Scottish Leaving Certificate Examination, 1956
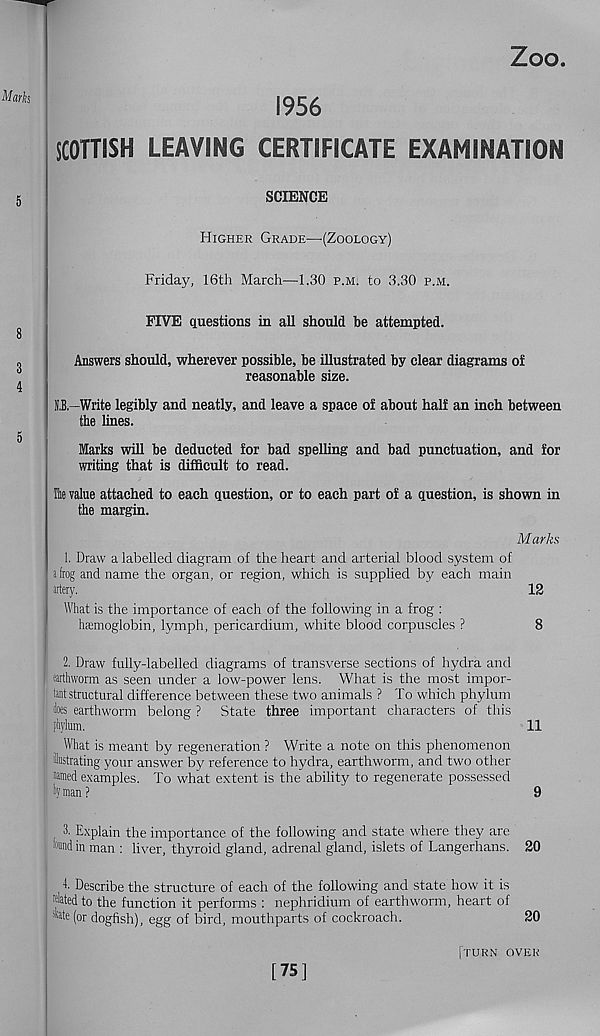
Zoo
1956
SCOTTISH LEAVING CERTIFICATE EXAMINATION
SCIENCE
Higher Grade—•(Zoology)
Friday, 16th March—1.30 p.m. to 3.30 p.m.
FIVE questions in all should be attempted.
Answers should, wherever possible, be illustrated by clear diagrams of
reasonable size.
N,B—Write legibly and neatly, and leave a space of about half an inch between
the lines.
Marks will be deducted for bad spelling and bad punctuation, and for
writing that is difficult to read.
Be value attached to each question, or to each part of a question, is shown in
the margin.
Marks
1. Draw a labelled diagram of the heart and arterial blood system of
a frog and name the organ, or region, which is supplied by each main
artery.
12
What is the importance of each of the following in a frog :
haemoglobin, lymph, pericardium, white blood corpuscles ?
8
2. Draw fully-labelled diagrams of transverse sections of hydra and
tarthworm as seen under a low-power lens. What is the most impor-
tant structural difference between these two animals ? To which phylum
loes earthworm belong ? State three important characters of this
phylum.
11
What is meant by regeneration ? Write a note on this phenomenon
hstrating your answer by reference to hydra, earthworm, and two other
named examples. To what extent is the ability to regenerate possessed
by man ?
9
1 Explain the importance of the following and state where they are
l[| imd in man : liver, thyroid gland, adrenal gland, islets of Langerhans. 20
I. Describe the structure of each of the following and state how it is
elated to the function it performs : nephridium of earthworm, heart of
«te (or dogfish), egg of bird, mouthparts of cockroach.
20
[75]
TURN OVER